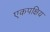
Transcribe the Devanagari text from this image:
एकपक्षिय